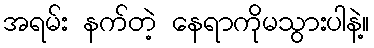
အရမ်း နက်တဲ့ နေရာကိုမသွားပါနဲ့။